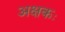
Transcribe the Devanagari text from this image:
अक्षकः